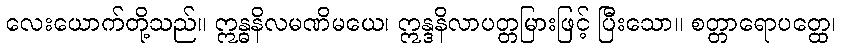
လေးယောက်တို့သည်။ ဣန္ဓနိလမဏိမယေ၊ ဣန္ဒနိလာပတ္တမြားဖြင့် ပြီးသော။ စတ္တာရောပတ္ထေ၊